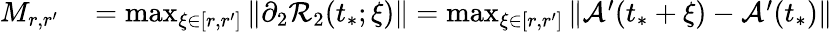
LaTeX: \begin{array}{rl}{M_{r,r^{\prime}}}&{{}=\operatorname*{max}_{\xi\in[r,r^{\prime}]}\| \partial_{2}\mathcal{R}_{2}(t_{*};\xi)\| =\operatorname*{max}_{\xi\in[r,r^{\prime}]}\| \mathcal{A}^{\prime}(t_{*}+\xi)-\mathcal{A}^{\prime}(t_{*})\| }\end{array}